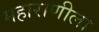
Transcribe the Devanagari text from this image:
महाराणीला